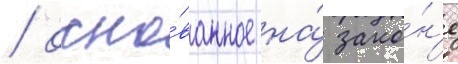
/ осно́ванное на́ зако́н'е